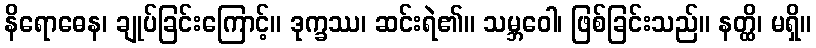
နိရောဓေန၊ ချုပ်ခြင်းကြောင့်။ ဒုက္ခဿ၊ ဆင်းရဲ၏။ သမ္ဘဝေါ၊ ဖြစ်ခြင်းသည်။ နတ္ထိ၊ မရှိ။